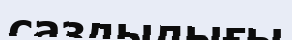
саздылығы